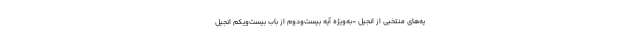
یه‌های منتخبی از انجیل -به‌ویژه آیهٔ بیست‌ودوم از باب بیست‌ویکم انجیل